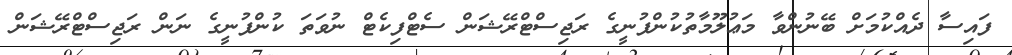
ފައިސާ ދެއްކުމަށް ބޭނުންވާ މަޢުލޫމާތުކުންފުނީގެ ރަޖިސްޓްރޭޝަން ސެޓްފިކެޓް ނުވަތަ ކުންފުނީގެ ނަން ރަޖިސްޓްރޭޝަން